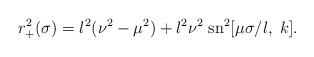
\begin{align*}r_+^2(\sigma)=l^2(\nu^2-\mu^2)+l^2\nu^2\;\mbox{sn}^2[\mu \sigma/l,\;k].\end{align*}